Production of alkali in liquid media by the Bacillus pestis - Number 33
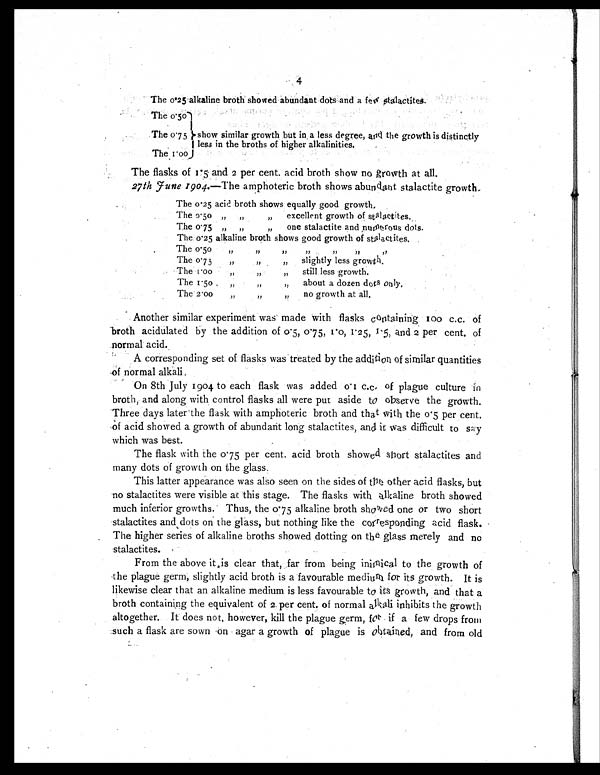
4
The
0 . 2 5
alkaline broth showed abundant dots and a few stalactites.
The
0 . 5 0
The
0 . 7 5 show similar growth but in , a less degree, and the growth is distinctly
less in the broths of higher alkalinities.
The
1 . 0 0
The flasks of 1.5 and 2 per cent. acid broth show no growth at all.
27th J une1904.—The amphoteric broth shows abund ant stalactite growth..
The o.25 acid broth shows equally g o o d g r o w t h .
The 0.50 „ „
”
excellent growth of stalactites.
The o.75 ”
„
,,
one stalactite and numerous dots.
The o.25 alkaline broth shows good growth of stalactites.
The o.50
„
”
”
”
”
”
,,
The o.75
” ”
”
slightly less growth.
The
1 . 0 0
„
”
,,
still less growth.
The 1.50 ”
”
,,
about a dozen dots only.
The 2.00
,,
”
” no growth at all.
Another similar experiment was made with flasks containing 100 c.c. of
broth acidulated by the addition of 0.5, 0.75, 1.0, 1.25, 1.5, and 2 per cent. of
normal acid.
A corresponding set of flasks was treated by the addition of similar quantities
of normal alkali,
On 8th July 1904 to each flask was added o.1 c.c. of plague culture in
broth, and along with control flasks all were put aside to observe the growth.
Three days later the flask with amphoteric broth and that with the o.5 per cent.
of acid showed a growth of abundant long stalactites, and it was difficult to say
which was best.
The flask with the 0.75 per cent. acid broth showed short stalactites and
many dots of growth on the glass.
This latter appearance was also seen on the sides of tht other acid flasks, but
no stalactites were visible at this stage. The flasks with alkaline broth showed
much inferior growths. Thus, the 0.75 alkaline broth showed one or two short
stalactites and dots on the glass, but nothing like the corresponding acid flask.
The higher series of alkaline broths showed dotting on the glass merely and no
stalactites.
From the above it is clear that, far from being inimical to the growth of
the plague germ, slightly acid broth is a favourable medium for its growth. It is
likewise clear that an alkaline medium is less favourable to its growth, and that a
broth containing the equivalent of 2 per cent. of normal alkali inhibits the growth
altogether. It does not, however, kill the plague germ, for if a few drops from
such a flask are sown on agar a growth of plague is obtained, and from old